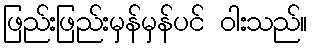
ဖြည်းဖြည်းမှန်မှန်ပင် ဝါးသည်။